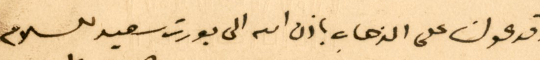
وقد عولنا على الذهاب باذن الله الى بورت سعيد للسلام